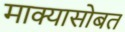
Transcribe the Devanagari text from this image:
माक्यासोबत